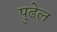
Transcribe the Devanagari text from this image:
पुढेल